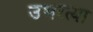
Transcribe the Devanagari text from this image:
उभरत्या